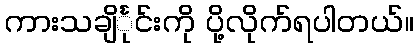
ကားသချိင်္ုင်းကို ပို့လိုက်ရပါတယ်။